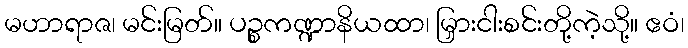
မဟာရာဇ၊ မင်းမြတ်။ ပဉ္စကဏ္ဍာနိယထာ၊ မြှားငါးစင်းတို့ကဲ့သို့။ ဧဝံ၊